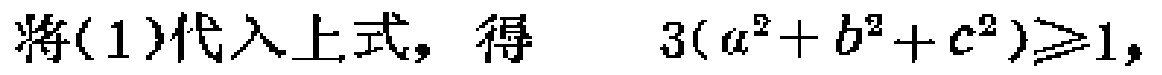
将(1)代入上式，得 \(3(a^{2}+b^{2}+c^{2})\geqslant1\)，